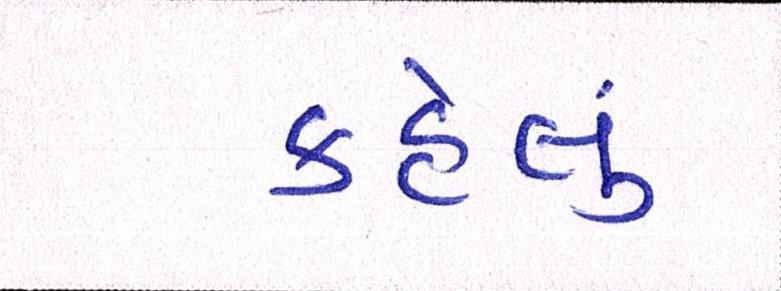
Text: કહેલું